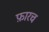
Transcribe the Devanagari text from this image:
फ़ारच